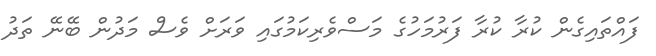
ފައްތައިގެން ކުރާ ކުރާ ފަރުމަހުގެ މަސްވެރިކަމުގައި ވަރަށް ވެސް މަދުން ބޭނޭ ތަދު